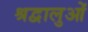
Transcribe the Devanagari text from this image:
श्रद्वालुओं